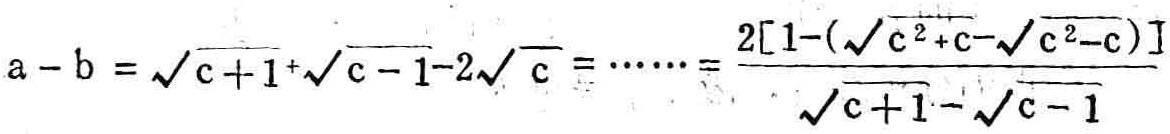
\(a - b = \sqrt{c + 1}+\sqrt{c - 1}-2\sqrt{c} = \cdots\cdots = \frac{2[1-(\sqrt{c^{2}+c}-\sqrt{c^{2}-c})]}{\sqrt{c + 1}-\sqrt{c - 1}}\)